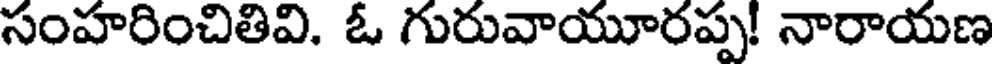
సంహరించితివి. ఓ గురువాయూరప్ప! నారాయణ